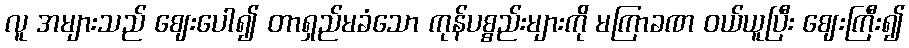
လူ အများသည် ဈေးပေါ၍ တာရှည်မခံသော ကုန်ပစ္စည်းများကို မကြာခဏ ဝယ်ယူပြီး ဈေးကြီး၍